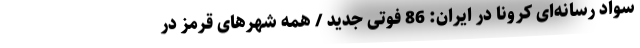
سواد رسانه­‌ای کرونا در ایران: 86 فوتی جدید / همه شهرهای قرمز در